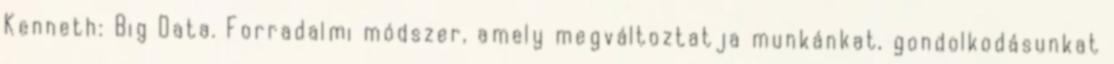
Kenneth: Big Data. Forradalmi módszer, amely megváltoztatja munkánkat, gondolkodásunkat